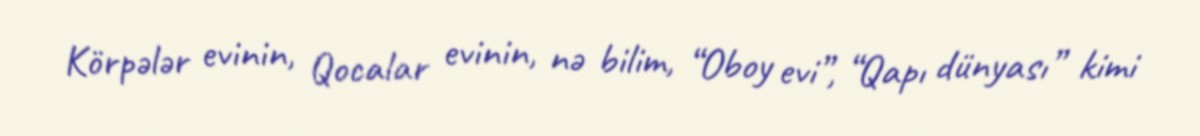
Körpələr evinin, Qocalar evinin, nə bilim, “Oboy evi”, “Qapı dünyası” kimi